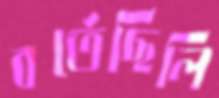
বর্তেছিলি